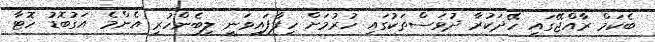
ބެކަމް ރާއްޖޭގައި ހޭދަކުރާ ދުވަސްތަކުގައި ހުރުމަށް ހިފާފައިވަނީ ލިބެންހުރި އެންމެ އަގުބޮޑު ހޮޓާ